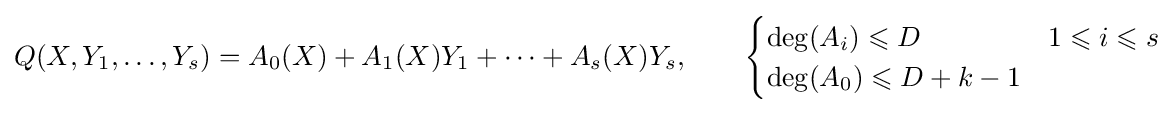
Q(X,Y_{1},\ldots ,Y_{s})=A_{0}(X)+A_{1}(X)Y_{1}+\cdots +A_{s}(X)Y_{s},\qquad {\begin{cases}\deg(A_{i})\leqslant D&1\leqslant i\leqslant s\\\deg(A_{0})\leqslant D+k-1&\end{cases}}